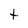
Character: t